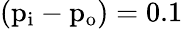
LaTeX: (\mathrm{{p}_{\mathrm{{i}}}-\mathrm{{p}_{\mathrm{{o}}})=0.1}}